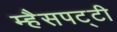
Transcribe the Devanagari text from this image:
म्हैसपट्टी